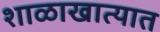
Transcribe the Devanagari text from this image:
शाळाखात्यात